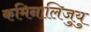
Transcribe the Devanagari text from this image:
कमिनालिजुयु